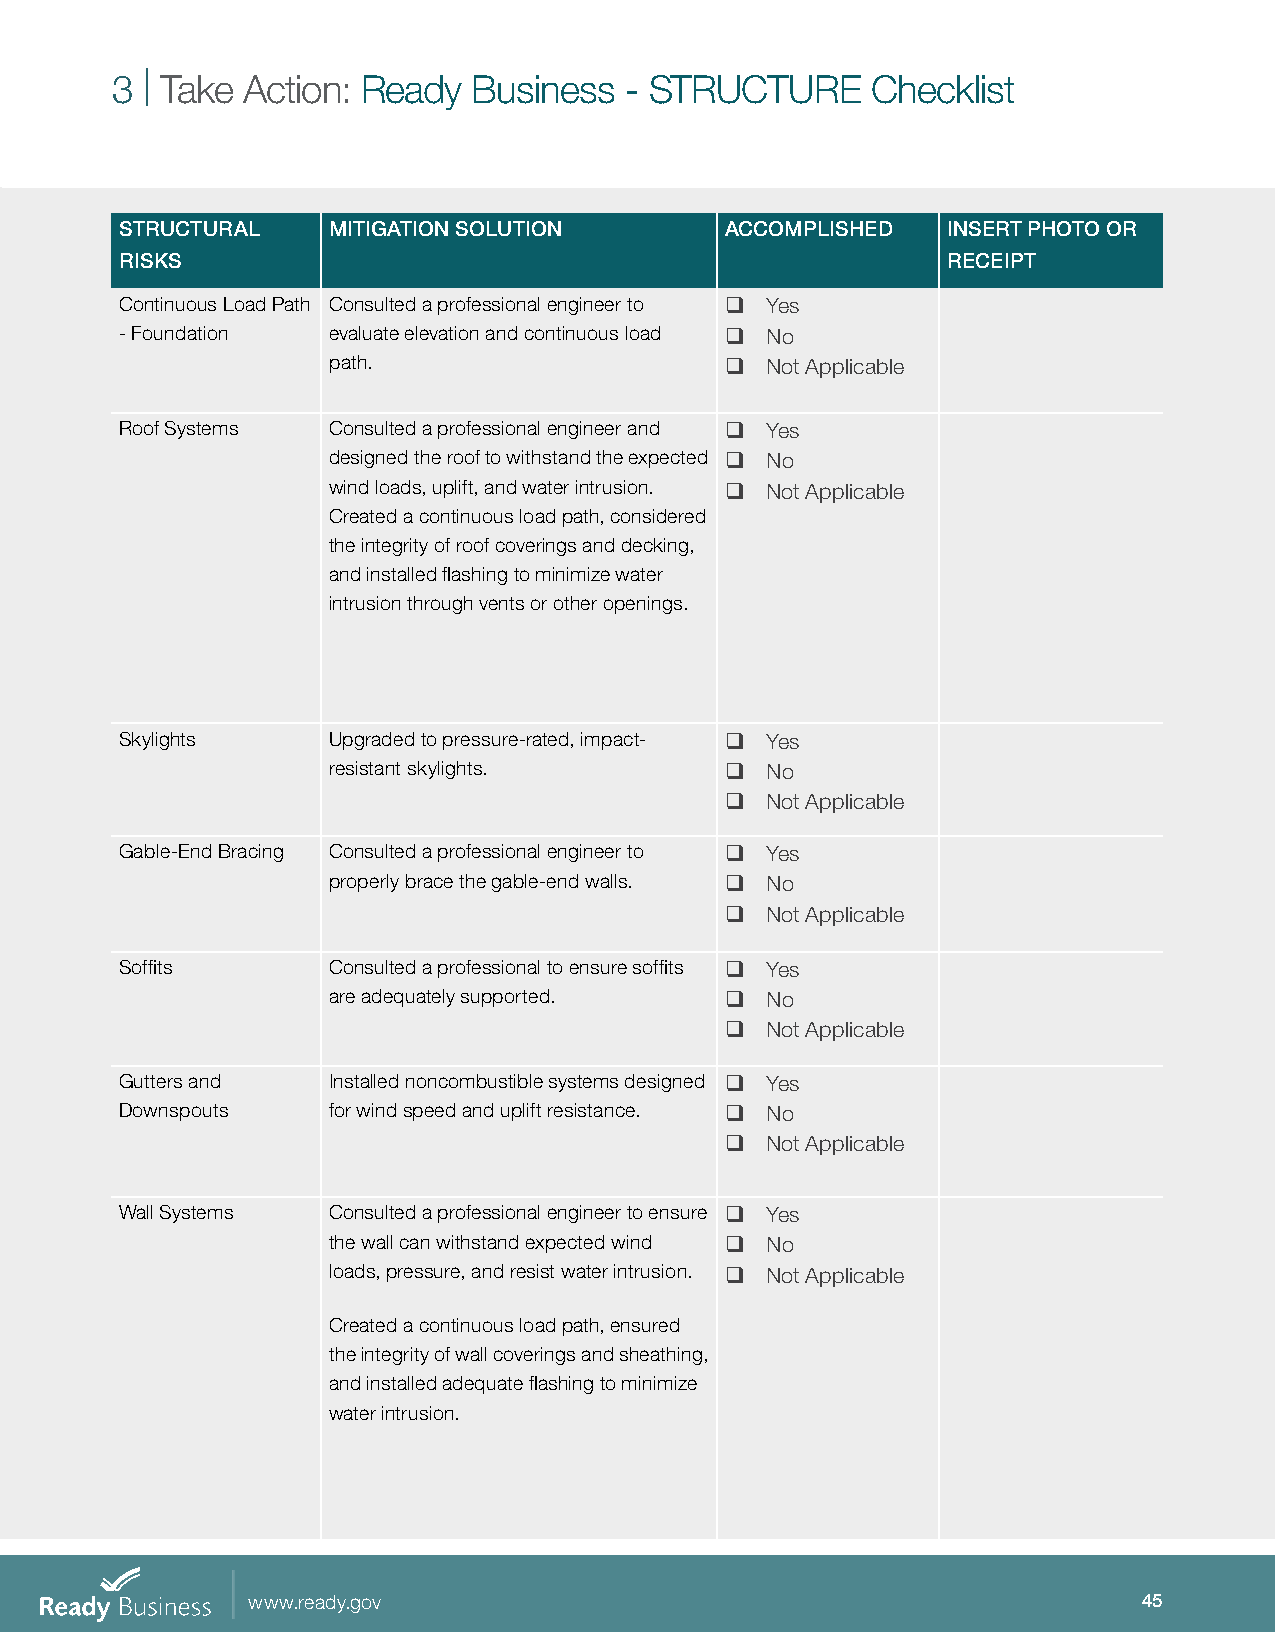
3 | Take Action: Ready  Business  - STRUCTURE      Checklist
 STRUCTURAL    MITIGATION SOLUTION       ACCOMPLISHED   INSERT PHOTO OR
 RISKS                                                  RECEIPT
 Continuous Load Path Consulted a professional engineer to q Yes
 - Foundation  evaluate elevation and continuous load q No
 path.                     q  Not Applicable
 Roof Systems  Consulted a professional engineer and q Yes
 designed the roof to withstand the expected q No
 wind loads, uplift, and water intrusion. q Not Applicable
 Created a continuous load path, considered
 the integrity of roof coverings and decking,
 and installed flashing to minimize water
 intrusion through vents or other openings.
 Skylights     Upgraded to pressure-rated, impact- q Yes
 resistant skylights.      q  No
 q  Not Applicable
 Gable-End Bracing Consulted a professional engineer to q Yes
 properly brace the gable-end walls. q No
 q  Not Applicable
 Soffits       Consulted a professional to ensure soffits q Yes
 are adequately supported. q  No
 q  Not Applicable
 Gutters and   Installed noncombustible systems designed q Yes
 Downspouts    for wind speed and uplift resistance. q No
 q  Not Applicable
 Wall Systems  Consulted a professional engineer to ensure q Yes
 the wall can withstand expected wind q No
 loads, pressure, and resist water intrusion. q Not Applicable
 Created a continuous load path, ensured
 the integrity of wall coverings and sheathing,
 and installed adequate flashing to minimize
 water intrusion.
 www.ready.gov                                               45